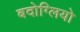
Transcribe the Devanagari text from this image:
बदोग्लियो